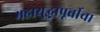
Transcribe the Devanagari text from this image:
महायुद्धापूर्वीचा